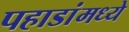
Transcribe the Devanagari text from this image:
पहाडांमध्ये